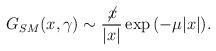
LaTeX: \begin{align*}G_{SM}(x,\gamma)\sim \frac{\not\! x}{|x|} \exp {(-\mu |x|)}.\end{align*}